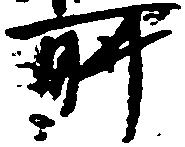
所